Insane asylums Bombay 1873-77 - 1873-1877
Year: 1873
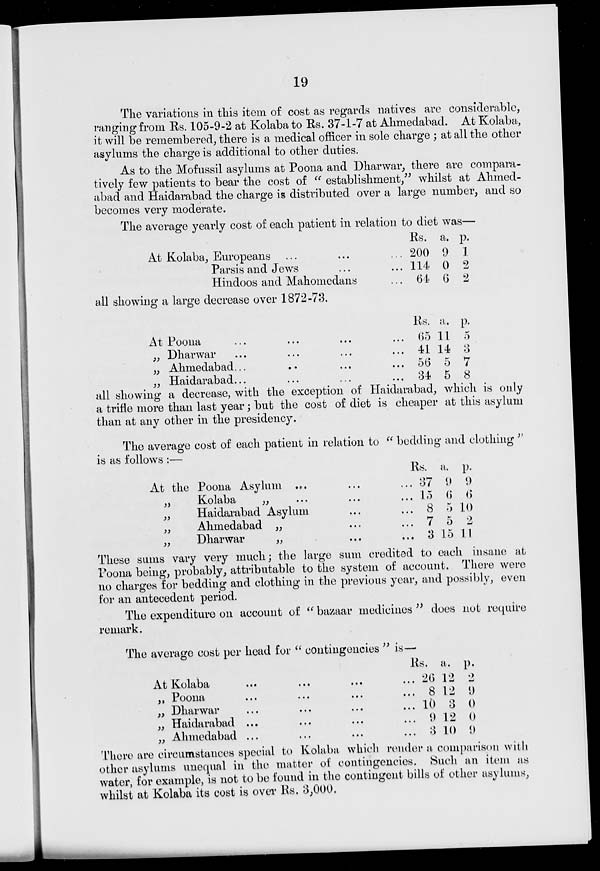
19
The variations in this item of cost as regards natives are considerable,
ranging from Rs. 105-9-2 at Kolaba to Rs. 37-1-7 at Ahmedabad. At Kolaba,
it will be remembered, there is a medical officer in sole charge ; at all the other
asylums the charge is additional to other duties.
As to the Mofussil asylums at Poona and Dharwar, there are compara-
tively few patients to bear the cost of " establishment," whilst at Ahmed-
abad and Haidarabad the charge is distributed over a large number, and so
becomes very moderate.
The average yearly cost of each patient in relation to diet was—
At Kolaba, Europeans ... ... ...
Parsis and Jews ... ...
Hindoos and Mahomedans ...
Rs.
200
114
64
a.
9
0
6
p.
1
2
2
all showing a large decrease over 1872-73.
At Poona ... ... ... ...
„ Dharwar ... ... ... ...
„ Ahmedabad ... ... ... ...
„ Haidarabad ... ... ... ...
Rs.
65
41
56
34
a.
11
14
5
5
p.
5
3
7
8
all showing a decrease, with the exception of Haidarabad, which is only
a trifle more than last year; but the cost of diet is cheaper at this asylum
than at any other in the presidency.
The average cost of each patient in relation to " bedding and clothing "
is as follows :—
At the Poona Asylum ... ... ... ...
„
Kolaba
„
...
...
...
„
Haidarabad Asylum ... ...
„
Ahmedabad „ ... ...
„
Dharwar „ ... ...
Rs.
37
15
8
7
3
a.
9
6
5
5
15
p.
9
6
10
2
11
These sums vary very much; the large sum credited to each insane at
Poona being, probably, attributable to the system of account. There were
no charges for bedding and clothing in the previous year, and possibly, even
for an antecedent period.
The expenditure on account of " bazaar medicines " does not require
remark.
The average cost per head for " contingencies " is—
At Kolaba ... ... ... ...
„
Poona
...
...
...
...
„ Dharwar ... ... ... ...
„ Haidarabad ... ... ... ...
„ Ahmedabad ... ... ... ...
Rs.
26
8
10
9
3
a.
12
12
3
12
10
p.
2
9
0
0
9
There are circumstances special to Kolaba which render a comparison with
other asylums unequal in the matter of contingencies. Such an item as
water, for example, is not to be found in the contingent bills of other asylums,
whilst at Kolaba its cost is over Rs. 3,000.